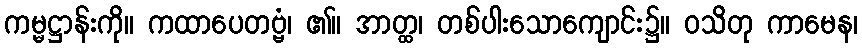
ကမ္မဋ္ဌာန်းကို။ ကထာပေတဗ္ဗံ၊ ၏။ အာတ္ထ၊ တစ်ပါးသောကျောင်း၌။ ဝသိတု ကာမေန၊